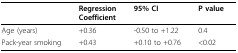
|  | RegressionCoefficient | 95% CI | P value |
 | --- | --- | --- | --- |
 | Age (years) | +0.36 | -0.50 to +1.22 | 0.4 |
 | Pack-year smoking | +0.43 | +0.10 to +0.76 | <0.02 |